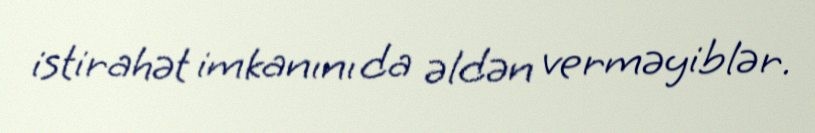
istirahət imkanını da əldən verməyiblər.